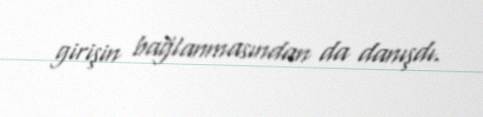
girişin bağlanmasından da danışdı.